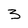
Character: 3